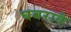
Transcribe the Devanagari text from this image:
घबरावै